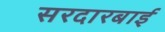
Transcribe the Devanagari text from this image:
सरदारबाई